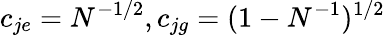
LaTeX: c_{je}=N^{-1/2},c_{jg}=(1-N^{-1})^{1/2}